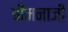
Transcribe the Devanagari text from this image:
चीमनाजी